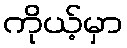
ကိုယ့်မှာ